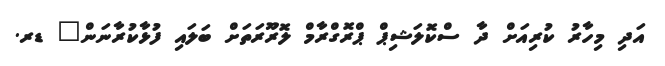
އަދި މިހާރު ކުރިއަށް ދާ ސްކޮލަޝިޕް ޕްރޮގްރާމް ލޮރޫރަތަށް ބަލައި ފުޅާކުރާނަން" ޑރ.